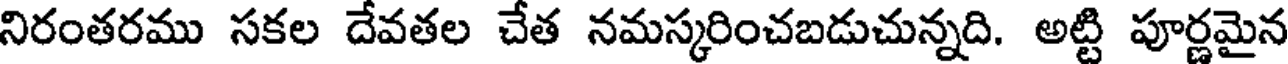
నిరంతరము సకల దేవతల చేత నమస్కరించబడుచున్నది. అట్టి పూర్ణమైన